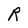
Character: R